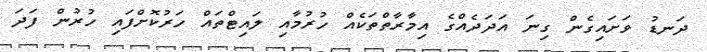
ދަނޑު ވަށައިގެން ގިނަ އަދަދެއްގެ އިމާރާތްތަކެއް ހުރުމާއި ލައިޓްތައް ހަރުކޮށްފައި ހުރުން ފަދަ